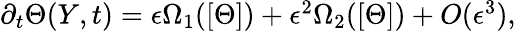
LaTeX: \begin{array}{r}{\partial_{t}\Theta(Y,t)=\epsilon\Omega_{1}([\Theta])+\epsilon^{2}\Omega_{2}([\Theta])+O(\epsilon^{3}),}\end{array}